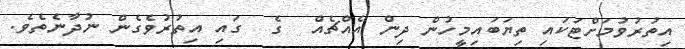
އިތުރުވުމަށްޓަކައި ތިޔަބައިމީހުން ދިން އެއްޗެއް  ގެ  ގައި އިތުރުވެގެން ނުދާނެތެވެ.